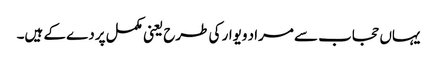
یہاں حجاب سے مراد ویوار کی طرح یعنی مکمل پردے کے ہیں۔